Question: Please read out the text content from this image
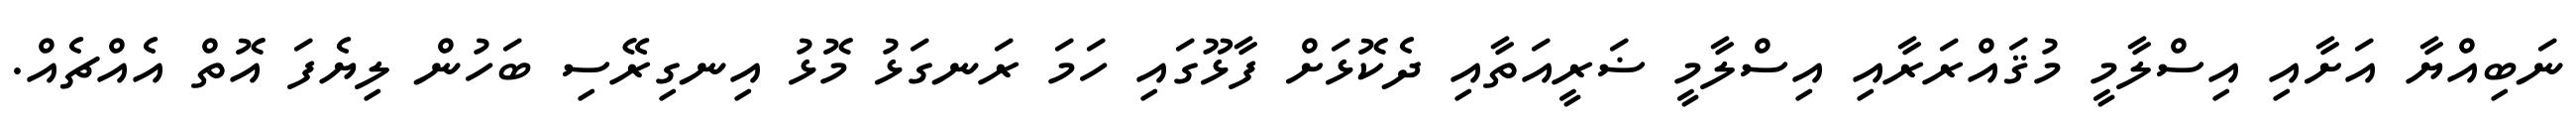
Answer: ނަބިއްޔާ އަށާއި އިސްލާމީ މުޤައްރަރާއި އިސްލާމީ ޟަރީއަތާއި ދެކޮޅަށް ފާޅޫގައި ހަމަ ރަނގަޅު މޮޅު އިނގިރޭސި ބަހުން ލިޔެފަ އޮތް އެއްޗެއް.